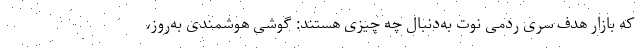
که بازار هدف سری ردمی نوت به‌دنبال چه چیزی هستند: گوشی هوشمندی به‌روز،